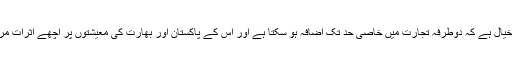
’’دونوں ملکوں کا خیال ہے کہ دوطرفہ تجارت میں خاصی حد تک اضافہ ہو سکتا ہے اور اس کے پاکستان اور بھارت کی معیشتوں پر اچھے اثرات مرتب ہو سکتے ہیں۔